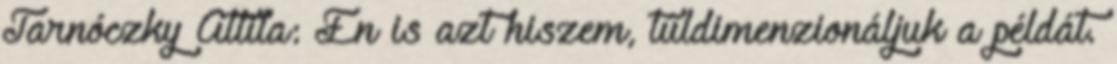
Tarnóczky Attila: Én is azt hiszem, túldimenzionáljuk a példát.